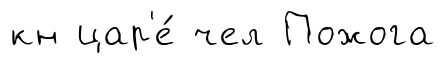
кн цар'е́ чел Пожога